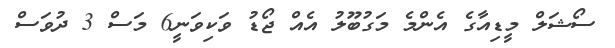
ސޯޝަލް މީޑިއާގެ އެންމެ މަގުބޫލު އެއް ޖޯޑު ވަކިވަނީ6 މަސް 3 ދުވަސް